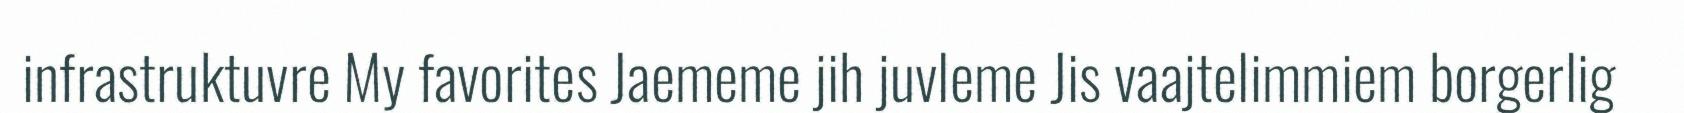
infrastruktuvre My favorites Jaememe jih juvleme Jis vaajtelimmiem borgerlig